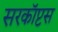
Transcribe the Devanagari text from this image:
सरकॉप्टस